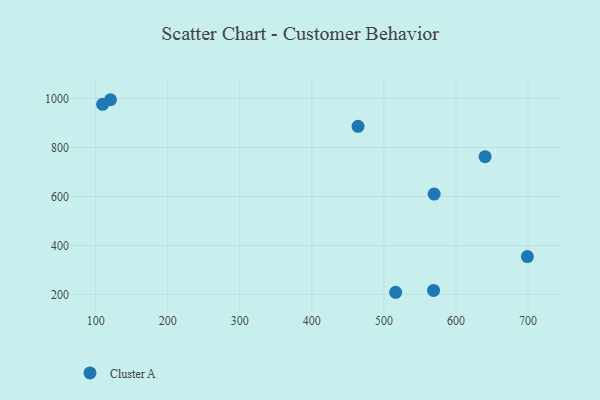
{"axis": {"x": "Distance", "y": "Fuel Efficiency"}, "legend": ["Cluster A"], "data": [{"x": "699.1", "y": 354.5, "type": "Cluster A"}, {"x": "568.9", "y": 216.4, "type": "Cluster A"}, {"x": "120.5", "y": 994.9, "type": "Cluster A"}, {"x": "569.7", "y": 609.6, "type": "Cluster A"}, {"x": "640.4", "y": 762.3, "type": "Cluster A"}, {"x": "464.1", "y": 886.4, "type": "Cluster A"}, {"x": "109.6", "y": 976.1, "type": "Cluster A"}, {"x": "516.3", "y": 208.9, "type": "Cluster A"}]}